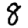
Digit: 8